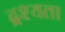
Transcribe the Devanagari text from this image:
द्रश्यता